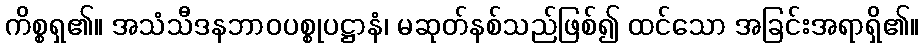
ကိစ္စရှ၏။ အသံသီဒနဘာဝပစ္စုပဋ္ဌာနံ၊ မဆုတ်နစ်သည်ဖြစ်၍ ထင်သော အခြင်းအရာရှိ၏။